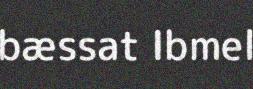
bæssat Ibmel